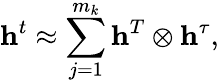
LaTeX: {\mathbf{\mathbf{\mathbf{h}}}}^{t}\approx\sum_{j=1}^{m_{k}}{\mathbf{\mathbf{\mathbf{h}}}}^{T}\otimes{\mathbf{\mathbf{\mathbf{h}}}}^{\tau},